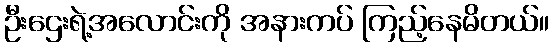
ဦးဌေးရဲ့အလောင်းကို အနားကပ် ကြည့်နေမိတယ်။